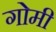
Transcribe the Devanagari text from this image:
गोमी